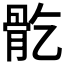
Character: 𩨘